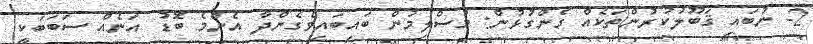
2- ނުބައި ޤަބޫލުކުރުންތަކެއް ގެންގުޅުން: މުސްލިމުން ބައިބައިވެގެންދާ އެންމެ ބޮޑު އަނެއް ސަބަބަކީ